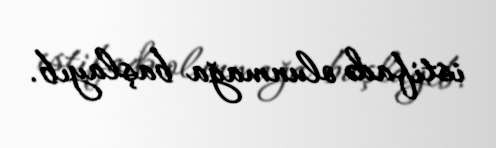
istifadə olunmağa başlayıb.